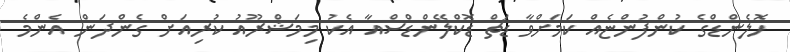
ހޮލެންޑްގެ ކުންފުންޏެއް ކަމަށްވާ ޑަޗް ޑޮކްލޭންޑްސްއާ އެކު މިމަޝްރޫއު ކުރިއަށް ގެންދަން އެންމެ